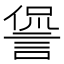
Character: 諐